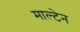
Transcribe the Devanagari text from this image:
माल्टेन